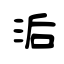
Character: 洉